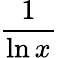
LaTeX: \frac{1}{\ln x}